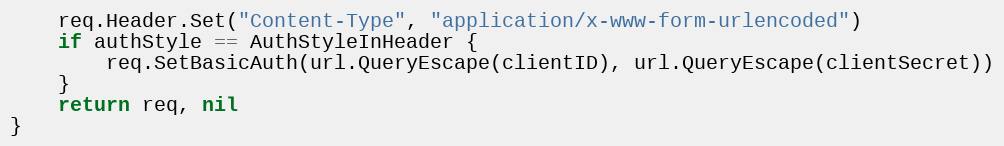
Language: Go
	req.Header.Set("Content-Type", "application/x-www-form-urlencoded")
	if authStyle == AuthStyleInHeader {
		req.SetBasicAuth(url.QueryEscape(clientID), url.QueryEscape(clientSecret))
	}
	return req, nil
}